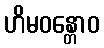
ဟိမဝန္တောဝ